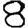
Digit: 8